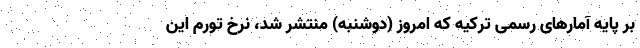
بر پایه آمارهای رسمی ترکیه که امروز (دوشنبه) منتشر شد، نرخ تورم این